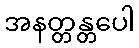
အနတ္တန္တပေါ